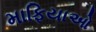
માફિયાઓ